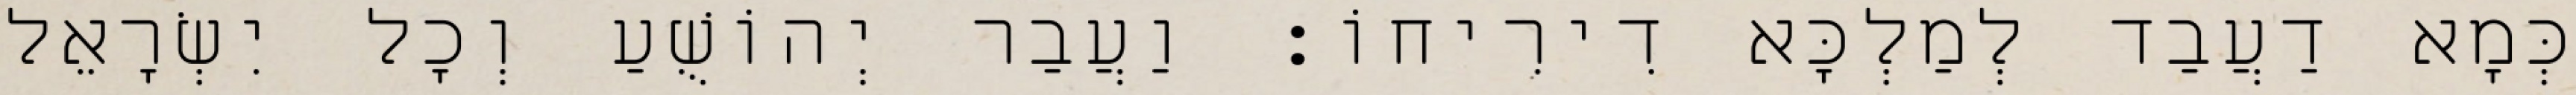
כְּמָא דַעֲבַד לְמַלְכָּא דִירִיחוֹ׃ וַעֲבַר יְהוֹשֻׁעַ וְכָל יִשְׂרָאֵל